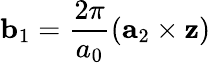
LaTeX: {\mathbf b}_{1}=\frac{2\pi}{a_{0}}({\mathbf a}_{2}\times{\mathbf z})